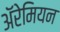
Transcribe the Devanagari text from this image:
अॅरेमियन